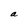
Character: a